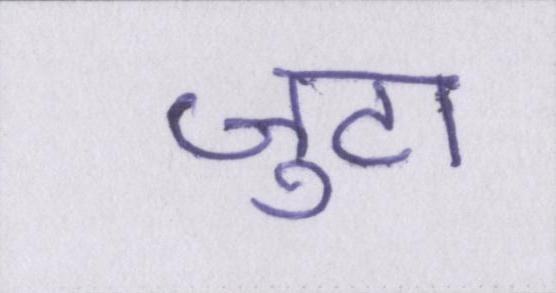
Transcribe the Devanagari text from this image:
जुटा